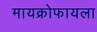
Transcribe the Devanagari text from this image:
मायक्रोफायला